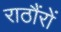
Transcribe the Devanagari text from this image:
राठौंरों